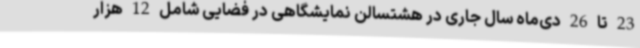
23 تا 26 دی‌ماه سال جاری در هشتسالن نمایشگاهی در فضایی شامل 12 هزار